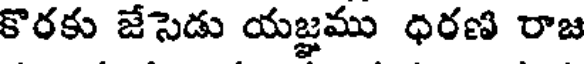
కొరకు జేసెడు యజ్ఞము ధరణి రాజ